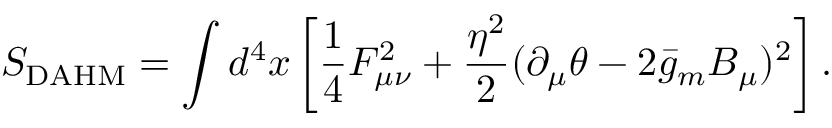
S _ { \mathrm { D A H M } } = \int d ^ { 4 } x \left[ \frac 1 4 F _ { \mu \nu } ^ { 2 } + \frac { \eta ^ { 2 } } { 2 } ( \partial _ { \mu } \theta - 2 \bar { g } _ { m } B _ { \mu } ) ^ { 2 } \right] .